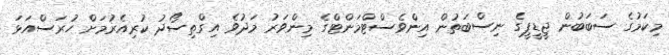
މިކަމުގެ ސަބަބުން ޖީޑީޕީގެ ނިސްބަތުން އިންވެސްޓްމަންޓްގެ މިންވަރު މަދުވެ އިގްތިސޯދު ކުރިއެރުމަށް ހުރަސްއަޅަ